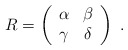
\begin{align*}R=\left(\begin{array}{cc}\alpha & \beta \\\gamma & \delta \\\end{array}\right)\; .\end{align*}